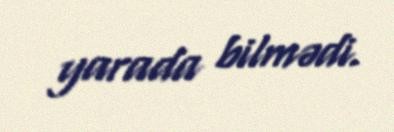
yarada bilmədi.